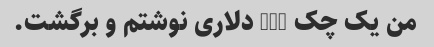
من یک چک 100 دلاری نوشتم و برگشت.